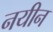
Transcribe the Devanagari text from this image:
नयीन